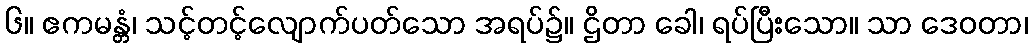
၆။ ဧကမန္တံ၊ သင့်တင့်လျောက်ပတ်သော အရပ်၌။ ဌိတာ ခေါ၊ ရပ်ပြီးသော။ သာ ဒေဝတာ၊